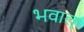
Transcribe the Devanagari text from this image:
भवाल्